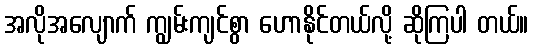
အလိုအလျောက် ကျွမ်းကျင်စွာ ဟောနိုင်တယ်လို့ ဆိုကြပါ တယ်။